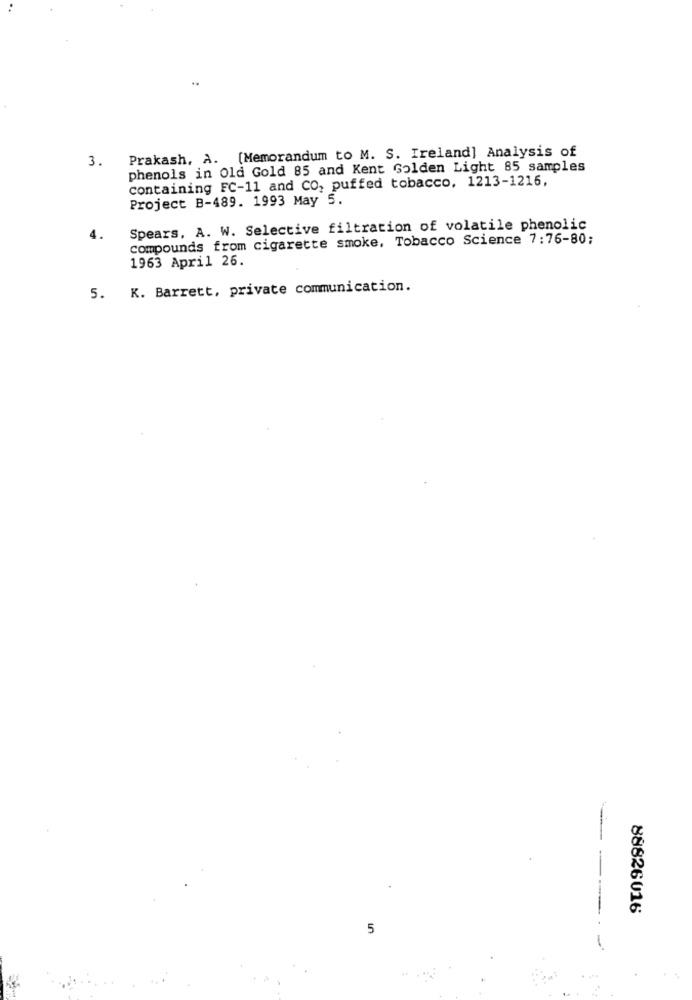
Prakash, A. [Memorandum to M. S. Ireland] Analysis of
3.
phenols in Old Gold 85 and Kent Golden Light 85 samples
containing FC-11 and CO, puffed tobacco, 1213-1216,
Project B-489. 1993 May 5.
Spears, A. W. Selective filtration of volatile phenolic
compounds from cigarette smoke, Tobacco Science 7:76-80;
1963 April 26.
K. Barrett, private communication.
5.
88826016
5
4%